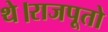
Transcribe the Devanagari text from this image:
थे।राजपूतो